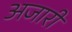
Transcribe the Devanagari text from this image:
अजारी